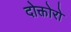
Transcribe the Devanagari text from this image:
दोक्तोरो